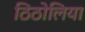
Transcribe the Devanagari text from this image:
ठिठोलिया